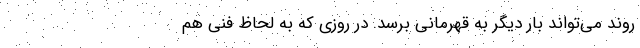
روند می‌تواند بار دیگر به قهرمانی برسد. در روزی که به لحاظ فنی هم